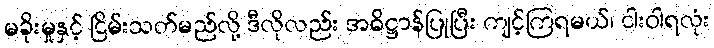
မခိုးမှုနှင့် ငြိမ်းသတ်မည်လို့ ဒီလိုလည်း အဓိဋ္ဌာန်ပြုပြီး ကျင့်ကြရမယ်၊ ငါးဝါရလုံး